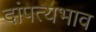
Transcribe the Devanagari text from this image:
दांपत्यभाव